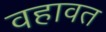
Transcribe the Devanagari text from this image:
वहावत